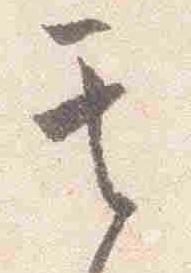
其